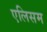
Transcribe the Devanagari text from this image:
एलिसम